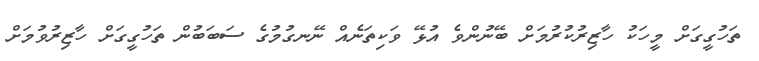
ތަހުގީގަށް މީހަކު ހާޒިރުކުރުމަށް ބޭނުންވެ އުޅޭ ވަކިތަނެއް ނޭނގުމުގެ ސަބަބުން ތަހުގީގަށް ހާޒިރުވުމަށް